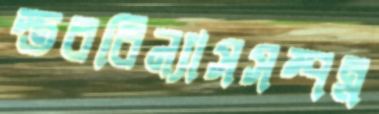
স্তরবিন্যাসসম্পন্ন